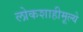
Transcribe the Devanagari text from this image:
लोकशाहीमूल्ये